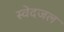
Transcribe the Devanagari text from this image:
स्वेदजल